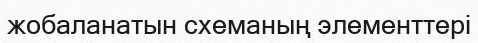
жобаланатын схеманың элементтері